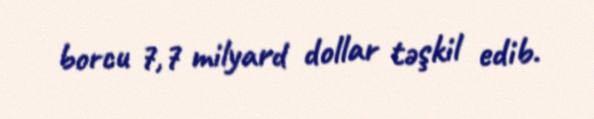
borcu 7,7 milyard dollar təşkil edib.